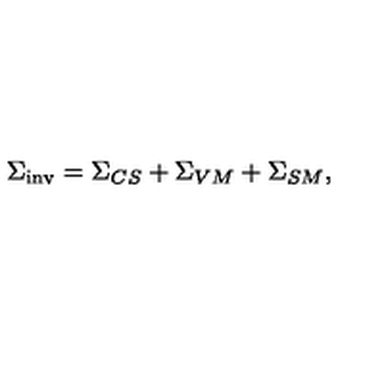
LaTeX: { \Sigma } _ { \mathrm { i n v } } = { \Sigma } _ { C S } + { \Sigma } _ { V M } + { \Sigma } _ { S M } ,